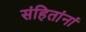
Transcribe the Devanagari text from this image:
संहितांनां